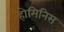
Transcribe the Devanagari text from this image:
होमिनिस